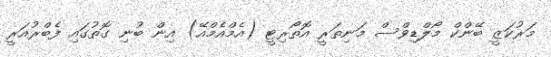
މަރުކަޒީ ބޭންކް މޯލްޑިވްސް މަނިތަރީ އޮތޯރިޓީ (އެމްއެމްއޭ) އިން ބުނި ގޮތުގައި ފެބްރުއަރީ